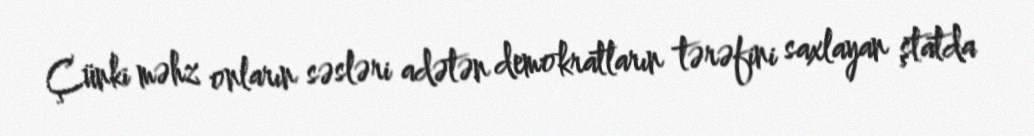
Çünki məhz onların səsləri adətən demokratların tərəfini saxlayan ştatda